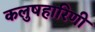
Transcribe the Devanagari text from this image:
कलुषहारिणी